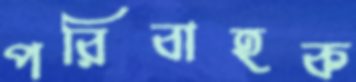
পরিবাহক